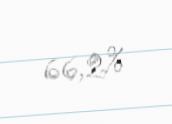
66,2%